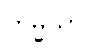
ကမ္မိယာ